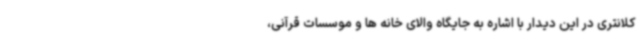
کلانتری در این دیدار با اشاره به جایگاه والای خانه ها و موسسات قرآنی،